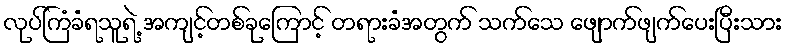
လုပ်ကြံခံရသူရဲ့ အကျင့်တစ်ခုကြောင့် တရားခံအတွက် သက်သေ ဖျောက်ဖျက်ပေးပြီးသား